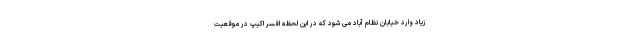
زیاد وارد خیابان نظام آباد می شود که در این لحظه افسر اکیپ در موقعیت